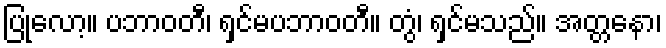
ပြုလော့။ ပဘာဝတီ၊ ရှင်မပဘာဝတီ။ တွံ၊ ရှင်မသည်။ အတ္တနော၊